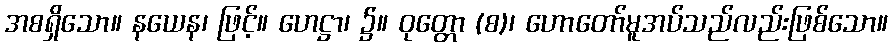
အစရှိသော။ နယေန၊ ဖြင့်။ ဟေဋ္ဌာ၊ ၌။ ဝုတ္တော (စ)၊ ဟောတော်မူအပ်သည်လည်းဖြစ်သော။